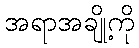
အရာအချို့ကို